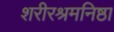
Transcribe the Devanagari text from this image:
शरीरश्रमनिष्ठा